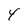
Character: 4